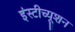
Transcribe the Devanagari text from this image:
इंस्‍टीच्‍यूशन